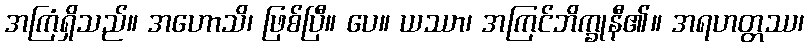
အကြံရှိသည်။ အဟောသိ၊ ဖြစ်ပြီ။ ပေ။ ယဿာ၊ အကြင်ဘိက္ခုနီ၏။ အရဟတ္တဿ၊